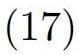
$(17)$